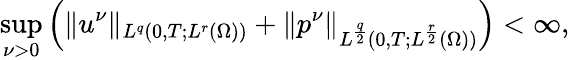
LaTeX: \operatorname*{sup}_{\nu>0}\left(\| u^{\nu}\| _{L^{q}(0,T;L^{r}(\Omega))}+\| p^{\nu}\| _{L^{\frac{q}{2}}(0,T;L^{\frac{r}{2}}(\Omega))}\right)<\infty,